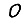
Digit: 0